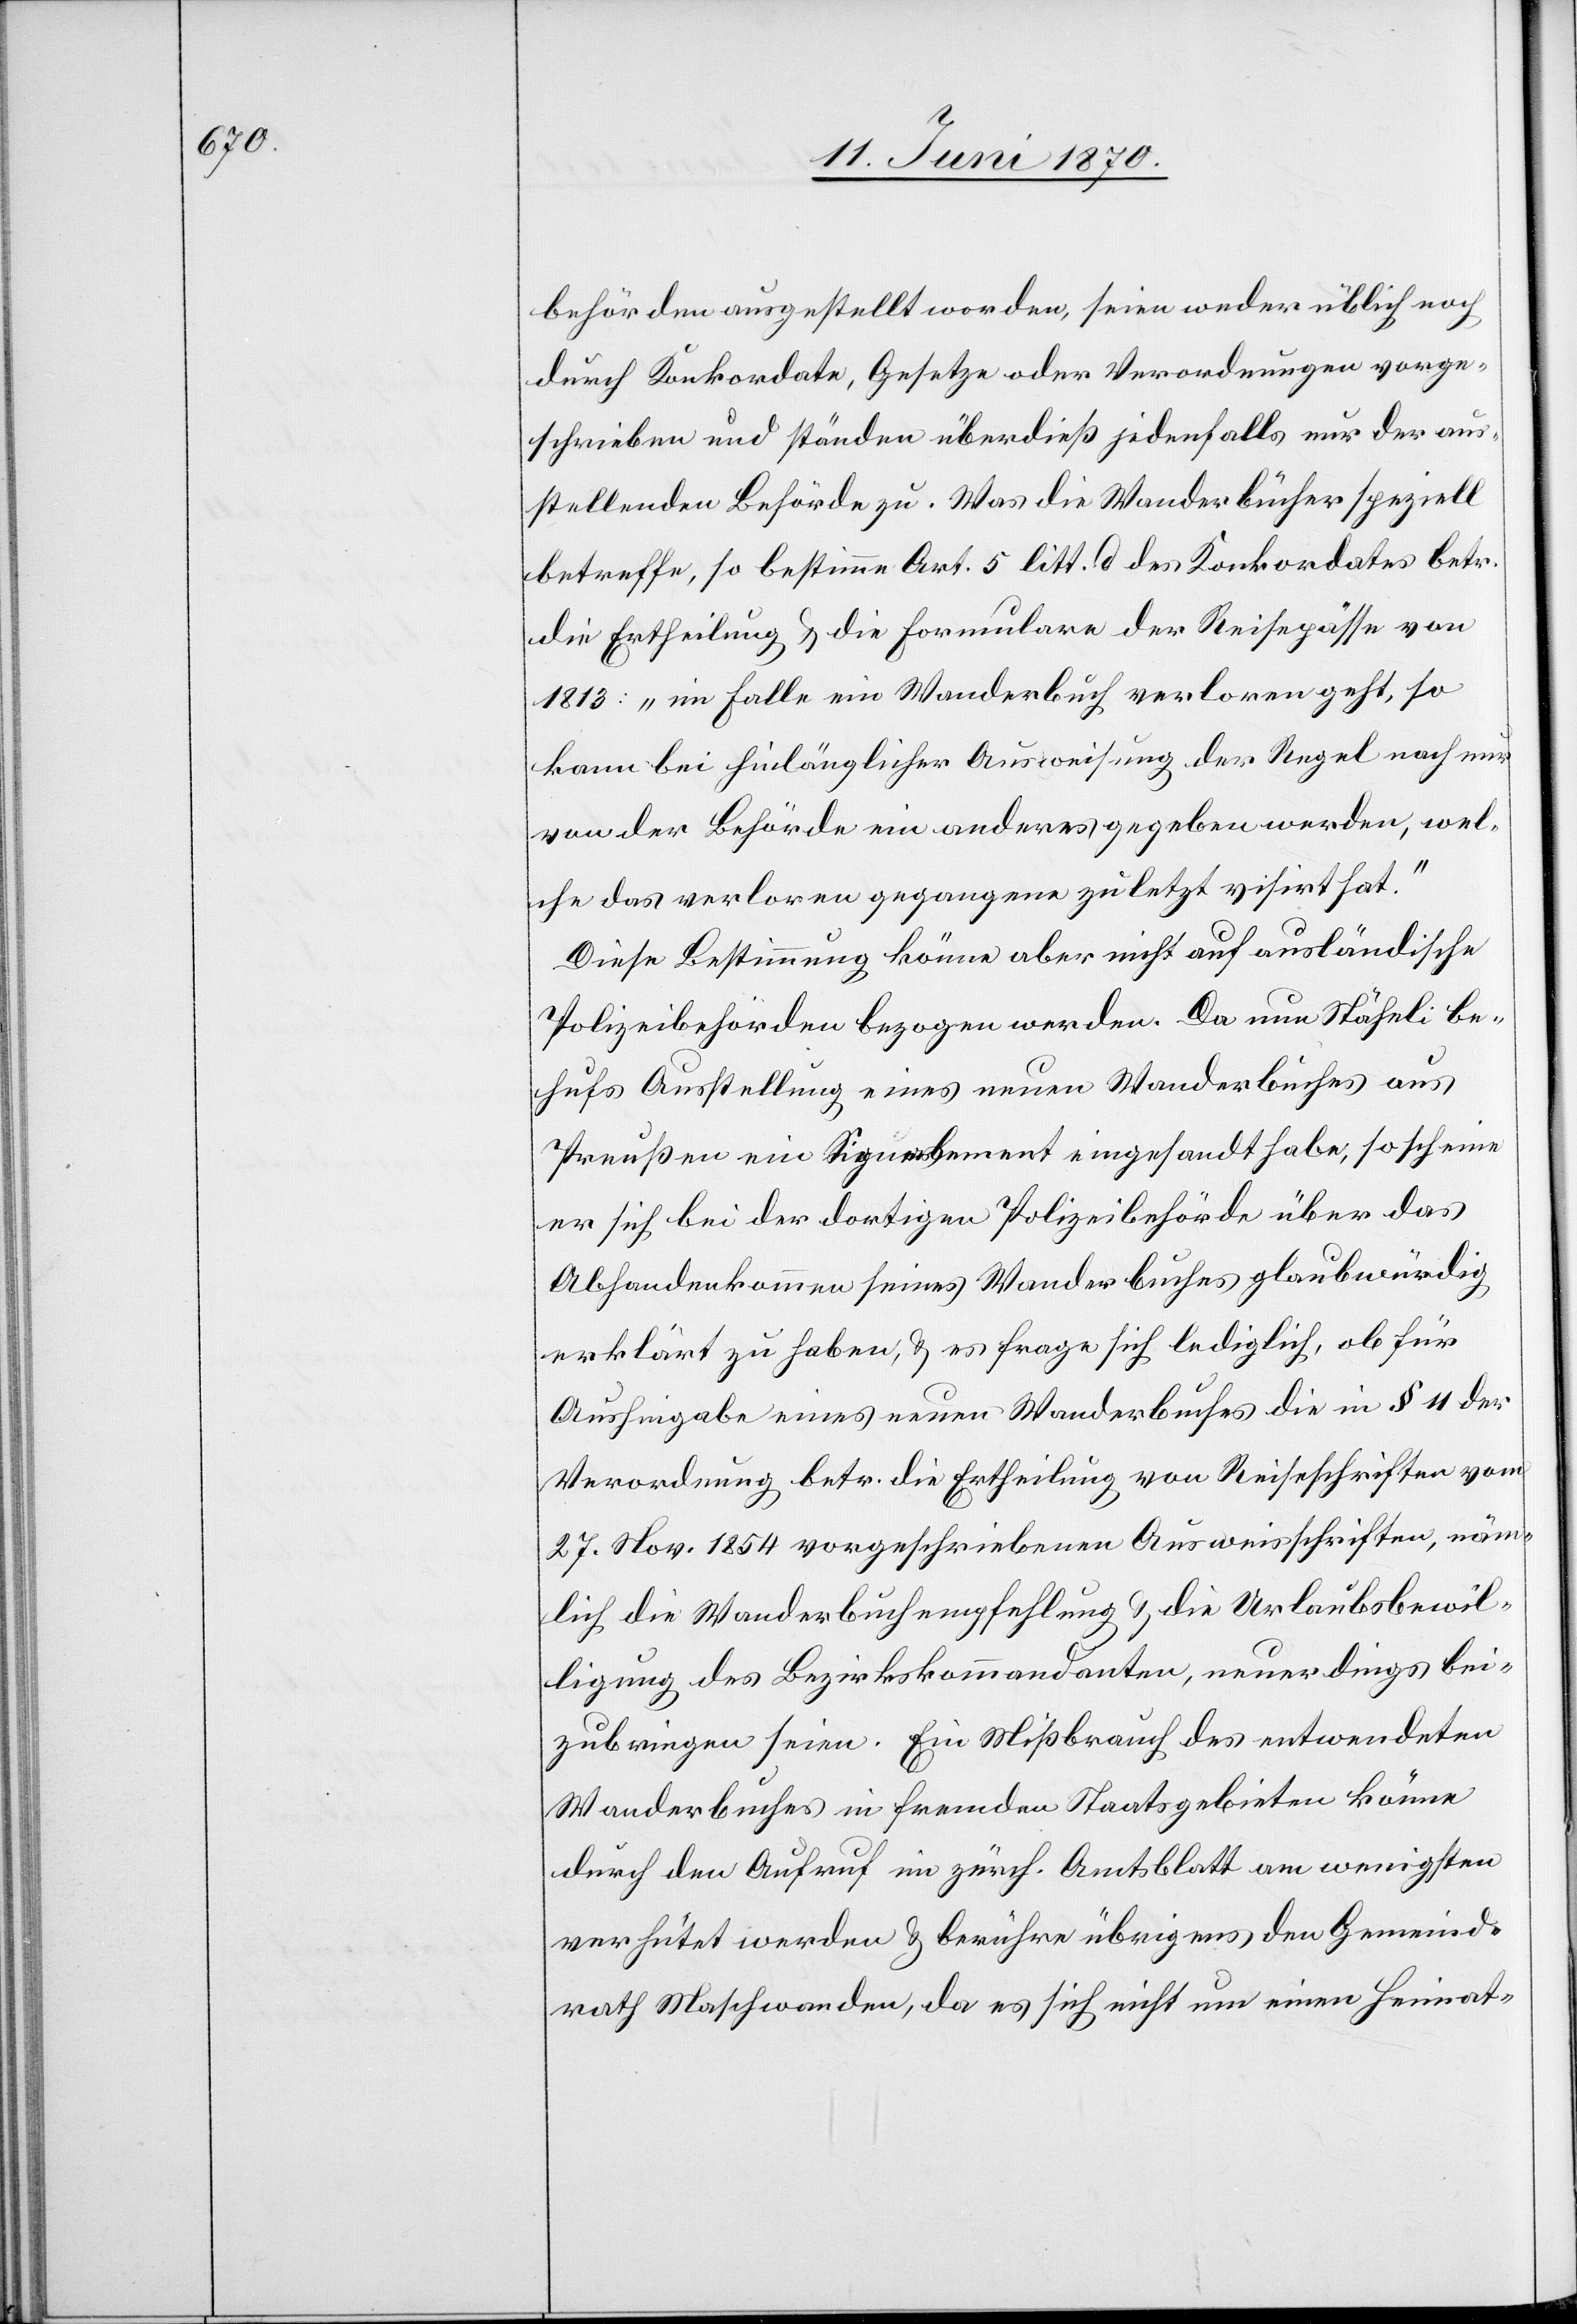
behörden ausgestellt worden, seien weder üblich noch
durch Konkordate, Gesetze oder Verordnungen vorge¬
schrieben und ständen überdieß jedenfalls nur der aus¬
stellenden Behörde zu. Was die Wanderbücher speziell
betreffe, so bestimme Art. 5 litt. d des Konkordates betr.
die Ertheilung & die Formulare der Reisepässe von
1813: „im Falle ein Wanderbuch verloren geht, so
kann bei hinlänglicher Ausweisung der Regel nach nur
von der Behörde ein anderes gegeben werden, wel¬
che das verloren gegangene zuletzt visirt hat.“
Diese Bestimmung könne aber nicht auf ausländische
Polizeibehörden bezogen werden. Da nun Stäheli be¬
hufs Ausstellung eines neuen Wanderbuches aus
Preußen ein Signalement eingesandt habe, so scheine
er sich bei der dortigen Polizeibehörde über das
Abhandenkommen seines Wanderbuches glaubwürdig
erklärt zu haben, & es frage sich lediglich, ob für
Aushingabe eines neuen Wanderbuches die in § 11 der
Verordnung betr. die Ertheilung von Reiseschriften vom
27. Nov. 1854 vorgeschriebenen Ausweisschriften, näm¬
lich die Wanderbuchempfehlung & die Urlaubsbewil¬
ligung des Bezirkskommandanten, neuerdings bei¬
zubringen seien. Ein Mißbrauch des entwendeten
Wanderbuches in fremden Staatsgebieten könne
durch den Aufruf im zürch. Amtsblatt am wenigsten
verhütet werden & berühre übrigens den Gemeind¬
rath Maschwanden, da es sich nicht um einen Heimat-